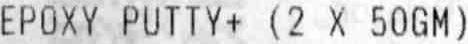
EPOXY PUTTY+ (2 X 50GM)